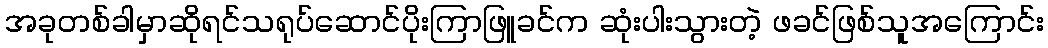
အခုတစ်ခါမှာဆိုရင်သရုပ်ဆောင်ပိုးကြာဖြူခင်က ဆုံးပါးသွားတဲ့ ဖခင်ဖြစ်သူအကြောင်း